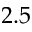
2 . 5